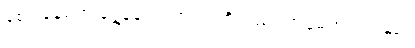
ခံစားနေရတဲ့ ရွှေနန်းရှင်ဘုရားကိုလည်း အပူမရှာကြပါနှင့်။